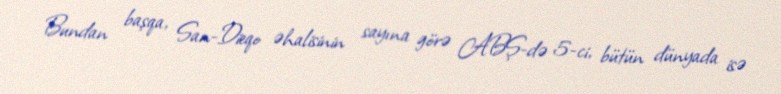
Bundan başqa, San-Dieqo əhalisinin sayına görə ABŞ-də 5-ci, bütün dünyada isə